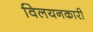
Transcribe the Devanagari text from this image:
विलयनकारी